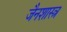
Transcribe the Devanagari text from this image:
जैनशास्त्र